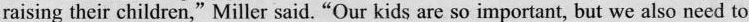
raising their children,"Miller said. “Our kids are so important, but we also need to